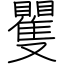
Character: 矍